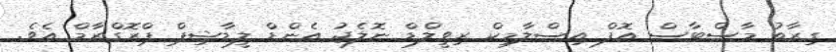
ގިރާތު މާސްޓާސް އޮފް އިސްލާމިކް ރިވީލްޑް ނޮލެޖު އެންޑް ލީޑާޝިޕް ޕްރޮގްރާމް އެވެ.